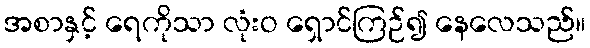
အစာနှင့် ရေကိုသာ လုံးဝ ရှောင်ကြဉ်၍ နေလေသည်။